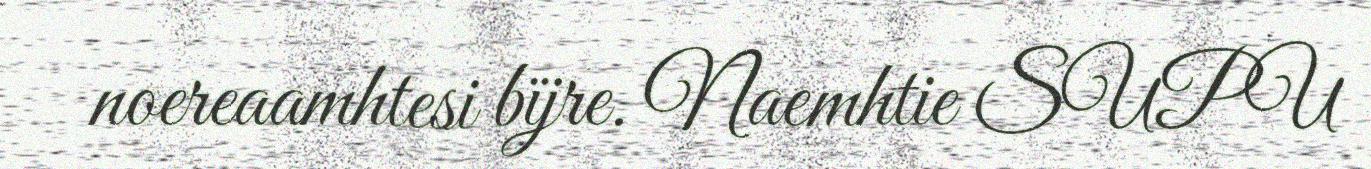
noereaamhtesi bïjre. Naemhtie SUPU